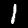
Digit: 1